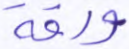
ورقة